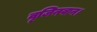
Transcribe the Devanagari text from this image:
वृजिनवान।